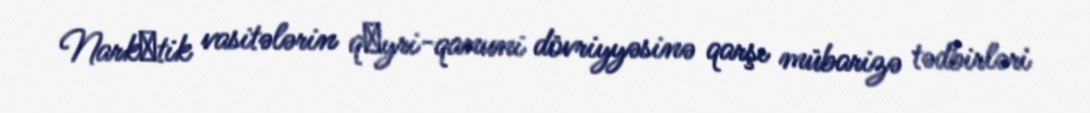
Narkоtik vasitələrin qеyri-qanuni dövriyyəsinə qarşı mübarizə tədbirləri